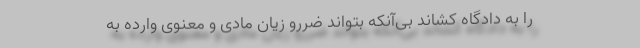
را به دادگاه کشاند بی‌آنکه بتواند ضررو زیان مادی و معنوی وارده به